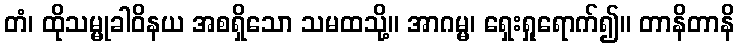
တံ၊ ထိုသမ္မုခါဝိနယ အစရှိသော သမထသို့။ အာဂမ္မ၊ ရှေးရှုရောက်၍။ တာနိတာနိ